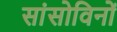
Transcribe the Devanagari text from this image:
सांसोविनों